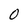
Character: 0